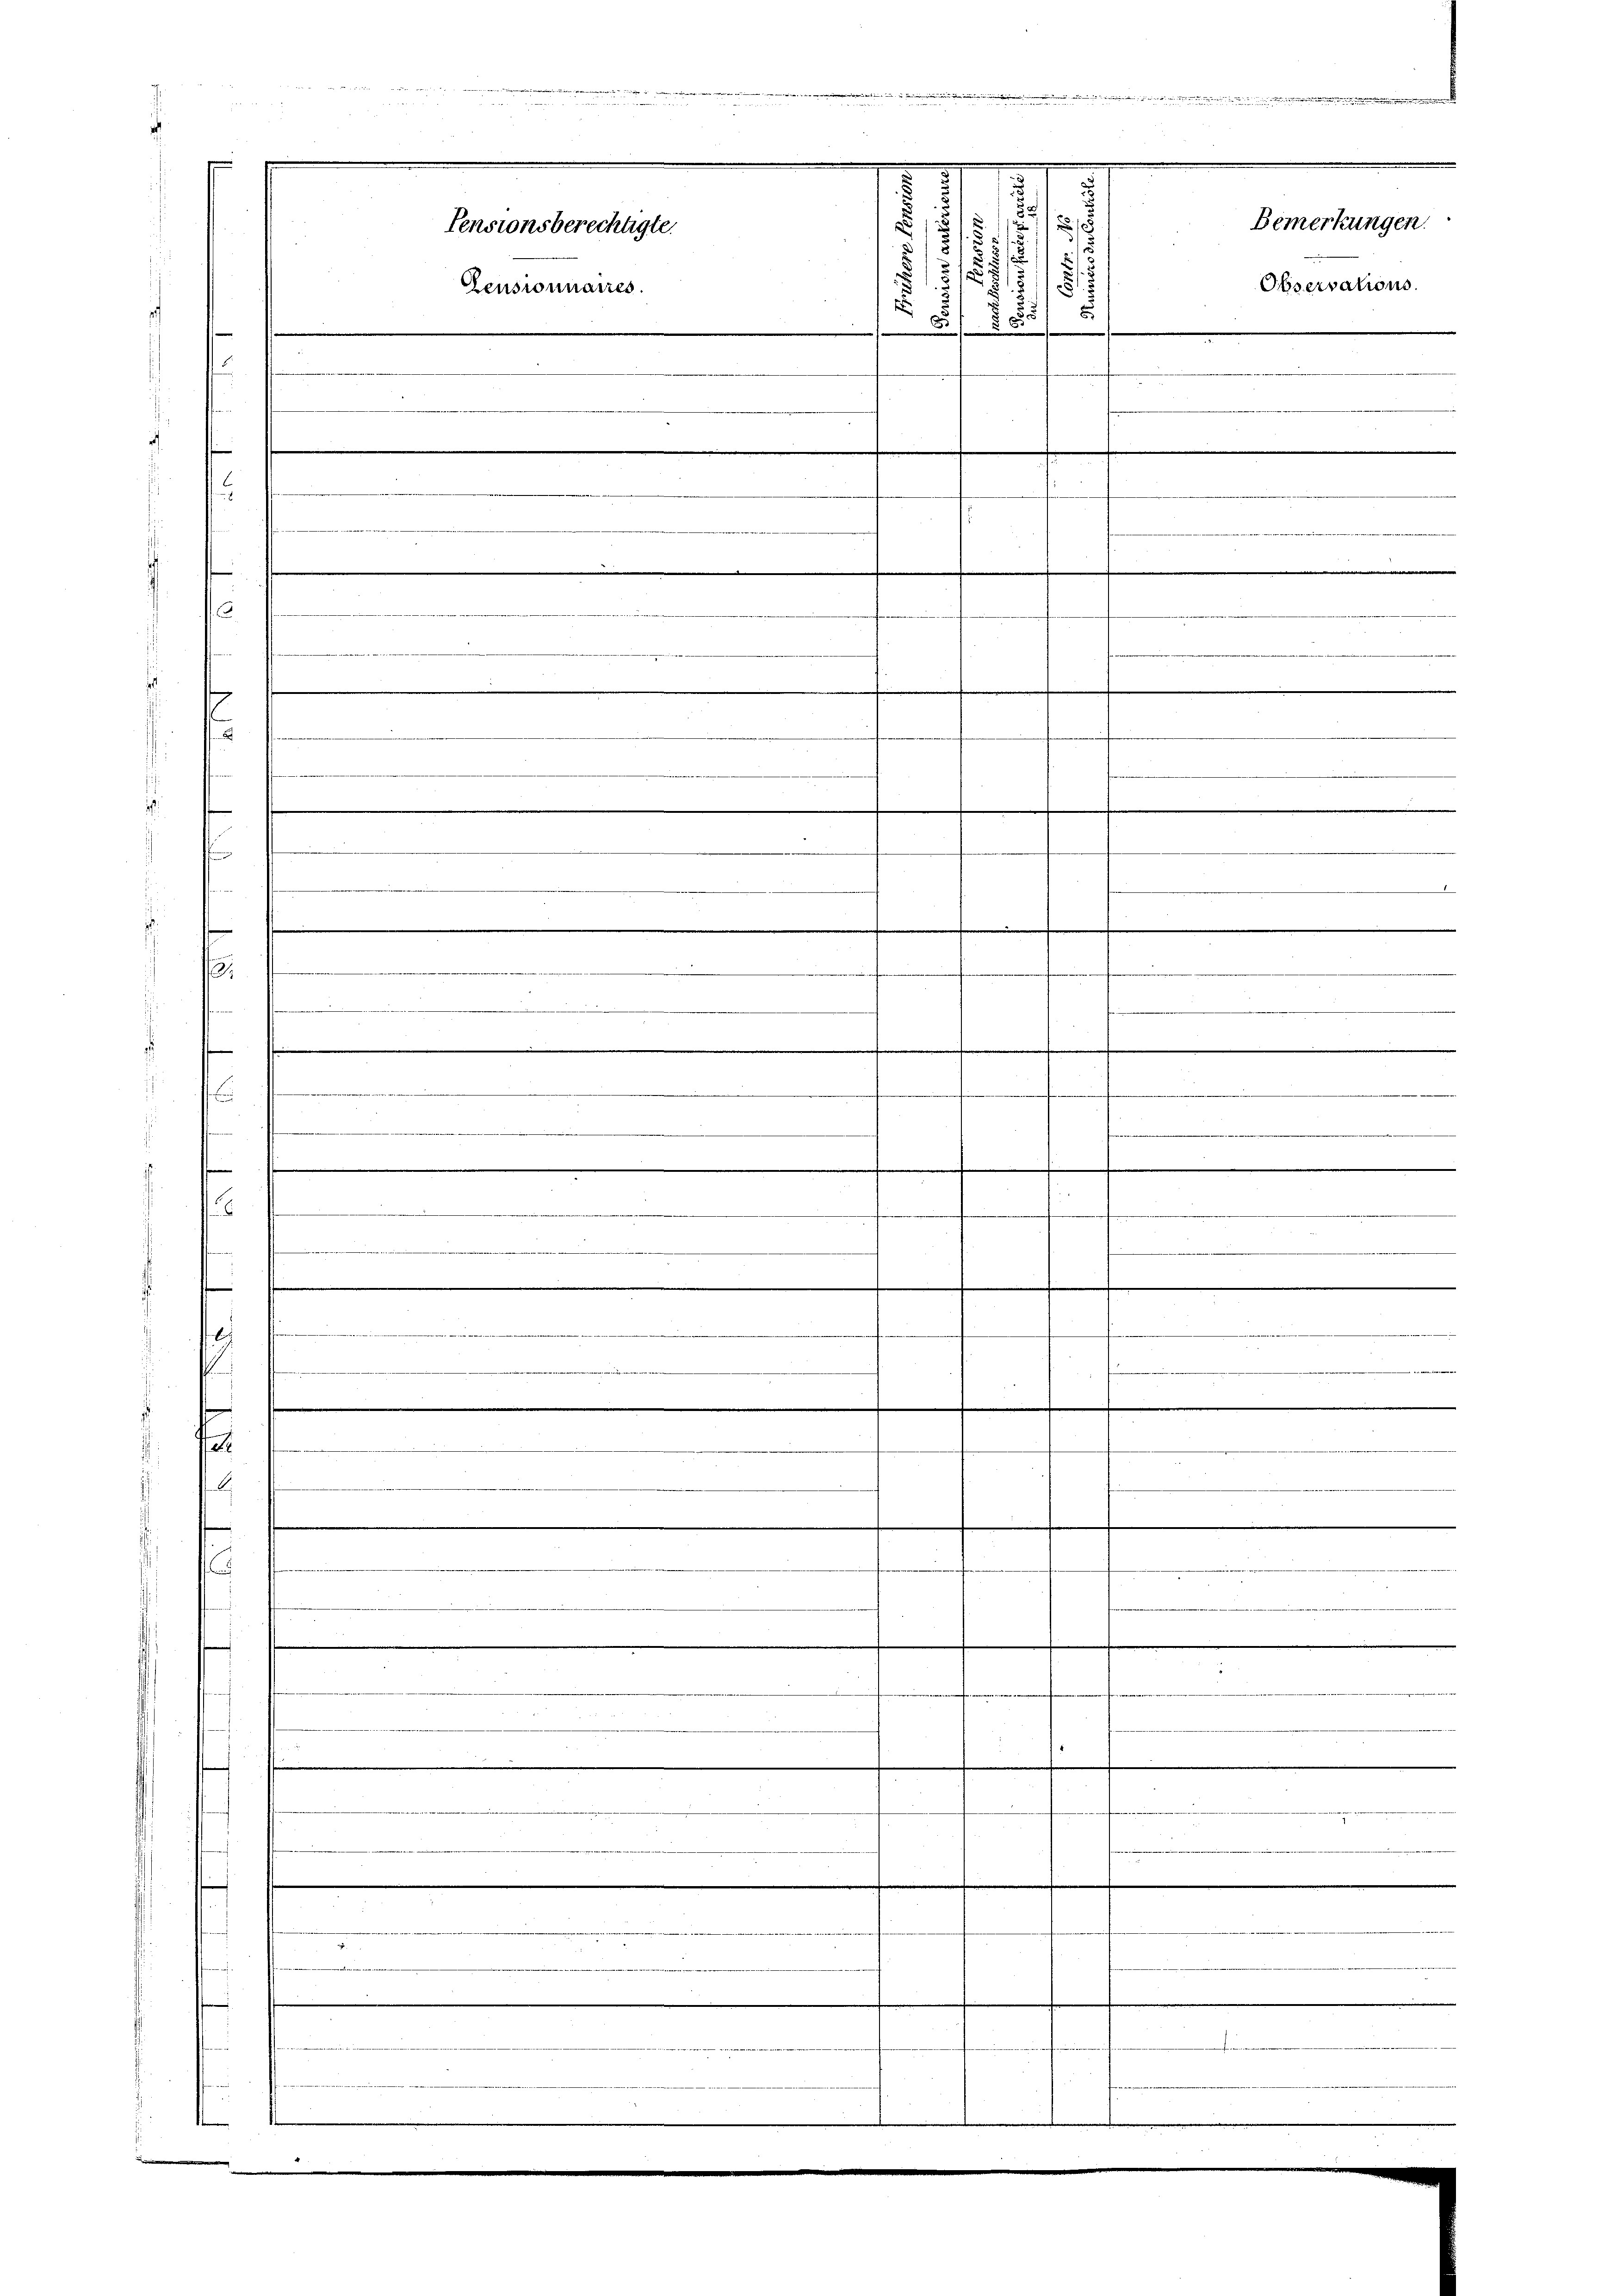
g

.

in der den e
1
s
Bemerkungen.
Pensionsberechtigte.
.
Zensionnaires.
E
8
5

8
.
.
e
.
.
e
.
e

1
e

.
.
.
.
u
.
f
.
.
6
1
.
e
.
.
b
...........................
.
s
.

e
A.

e
u
.
t

e

e

e

Observations